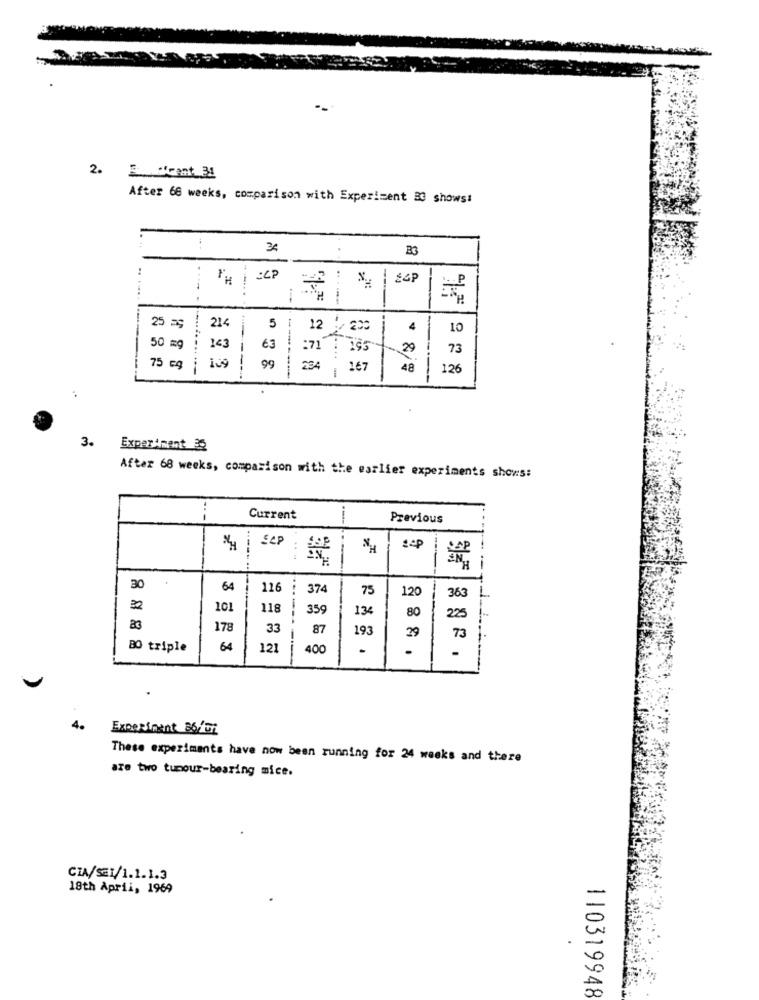
2. 5 cent 31
After 66 weeks, comparison with Experiment 33 shows!
34
"H| CCP
--...
----
214
25 59
5
12 / 200
4
10
50 mg
143
€3
:71 TIS5
29
73
75 cg 1
---
99
------
234
167
48
126
--
3.
Experiment 35
After 68 weeks, comparison with the earlier experiments shows:
---
Current
Previous
SCP
sep
-
30
64
116
374
75
120
363
101
118
---
359
134
80
225
23
178
33
87
193
29
73
80 triple
64
121
400
-
.
4.
Experiment 36/01
These experiments have now been running for 24 weeks and there
are two tumour-bearing mice.
CIA/SEI/1.1.1.3
18th April, 1969
110319948